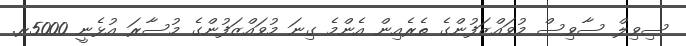
ސިވިލް ސާވިސް މުވައްޒަފުންގެ ތެރެއިން އެންމެ ގިނަ މުވައްޒަފުންގެ މުސާރަ އުޅެނީ 5000ރ.